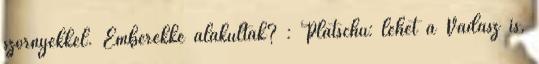
szörnyekkel. Emberekké alakultak? : Platschu: lehet a Vadász is,